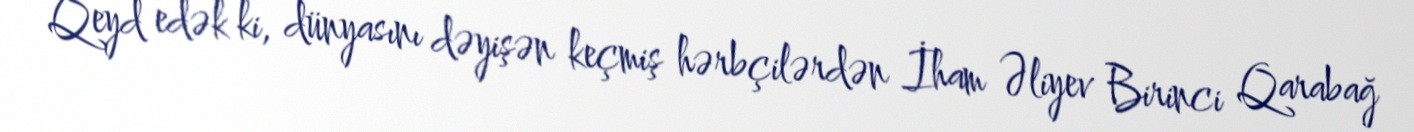
Qeyd edək ki, dünyasını dəyişən keçmiş hərbçilərdən İham Əliyev Birinci Qarabağ